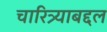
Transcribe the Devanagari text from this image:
चारित्र्याबद्दल